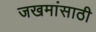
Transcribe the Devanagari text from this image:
जखमांसाठी